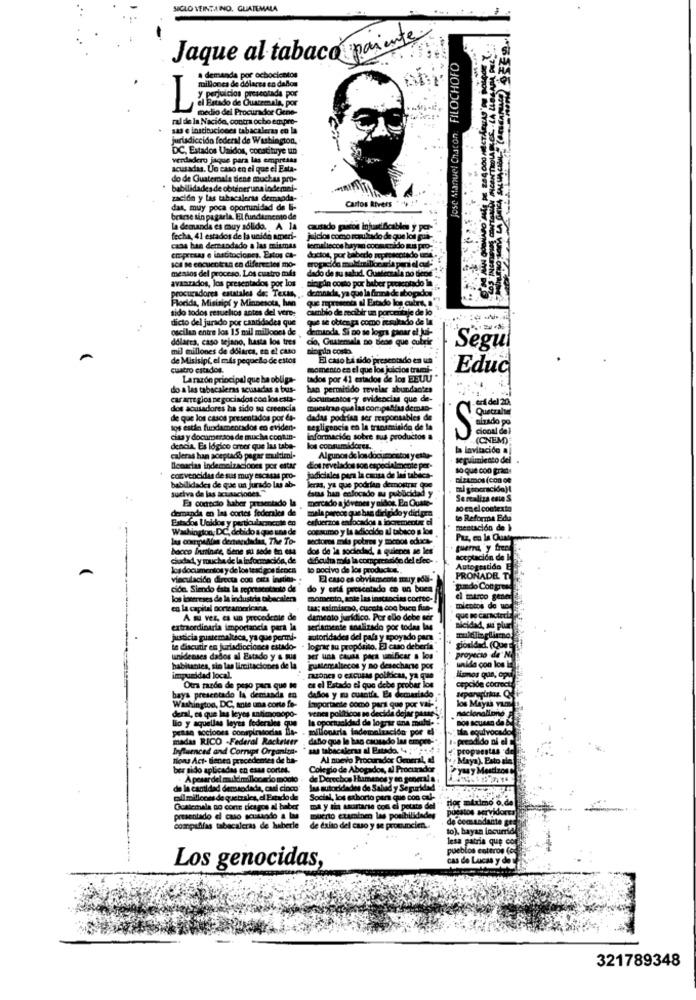
SICLO VEINTANNO, GUATEMALA
Jaque al tabaco parente
Jose Manuel Chaton: FILOCHOFO
demande por ochocientos
millones de dólares en dalom
Juicios pressotada por
1 Formado de Quemala por
medio del Procurador Cone-
ral de la Nacide, contra ocho empre-
sas e instituciones tabacaleras en la
Jurisdicción federal de Washington,
DC, Estados Unidos, constituye un
verdadero jaque para las empresas
2040
acusadas. Un caso en el que el Esta-
do de Guatemala dene muchas pro-
babilidades de obteneruna indemni-
zación y las tabacaleraa demanda-
Carlos Rivers
das, muy poca oportunidad de li-
brame sin pagarla. El fundamento de
La demanda es muy sólido. A la
causado pastos injustifcables y por-
fecha, 41 estados de la unión ameri-
jidos como resultado de que los gus-
czas han demandado a las mismas
temalleccs bayma coomuccido Ris pro-
crepresas e instituciones. Estos Ch-
ductos, por baberlo aprescotado uni-
sca se encuentran en diferecies mo-
mesios del proceso. Los cuatro mods
avanzados, los presentados por los
dado de su salud, Guatecsala no berie
singin costo por haber presentado la
procuradores estatales de: Teuka, . demnica, ya que la firma de abogados
Florida, Misisipí y Minnesota, han
sido todos resueltos antes del vere:
cambio de recibir un porcentaje de lo
dicto del jurado por cantidades que
que se ottea pa como resultado de la
oscilan entre los 15 mil millones de
demanda, Si no se logra ganar el Jui-
dolares, caso sejano, hasta los tres
co, Guatemala so Bese que cubrir
mil millones de dólares, en el caso
inpin costo
Segul
de Misisipí, el mis pequello de estos
El caso Lá sido presentado en un
cuatro estados.
momento en el que los juicios trami-
Educ
Larazón principal que ha obliga-
tados por 41 estados de los EEUU *
do a las tabacaleras scusadas a tus-
han permitido revelar abundantes
car are glos negociados con los esta-
documentos-y evidencias que de-
dos acusadores ha sido su creencia
muestran que las compactas demao-
end del 20
de que los casos presentados por 44-
dadas podrían ser responsables de
los estin fundamentados en evident-
negligencia en la transmisido de la
cical dal
cisa y documer sos de mucha cookin-
Información sobre sus productos a
(CNEM)
dencia, Es lógico orter que las tabe-
kos coonumidores.
la Invitación al
caleras han aceptado pagar multimi-
Algunos de los documentos y ettu-
seguimiento del .
Blemacias Indemnizaciones por estar
dos revelados son especialmente per-
convencidas de sus muy escasas pro-
judiciales para la causa de las tablica-
nizamos (con op
babilidades de que un jurado lus ab-
suciva de las acusaciones."
éstas han colocado au publicidad y
keras, ya que podrían demostrar que
Es correcto haber presentado la
mercado a jóvenes y nidos. En Cuate-
Serealiza esta S
demanda en las cortes federales de
mala parece que has dirigido y dicipra
so en el contexto
Estados Unidos y particularmente en
esfuerzos enfocados a locremente ci
te Reforma Edu
Washington, DC, debido a que una de
cocaumo y la adicción al tabaco a los
mentación de }
las corpsAlan dentariadas, The To-
sectores mila potres y menos educa-
bacco find's, Gene su sede en esa
dos de la sociedad, a quienes se les
guerra y fren
ciudad, y mucha de la información, de
dificulta mia la comprensión del efec-
los documentos y de los tesdigos Becca
lo pocivo de los productos ..
Viaculacido directa cou esta instier-
El caso es obviamente mary eos-
ción. Siendo data la represcotanto de
do y catá prescatado ca un buen
los intereses de la industria tabacalera
momento, sote las instancias corteo-
en la capital porteamericana,
tus; asimismao, cuccia con buen fun-
A m vez, es un precedente de
damcato jurídico. Por ello debe ser
extraordinaria importancia para la
seriamente analizado por todas las
justicia guatemalteca, ya que permi-
autoridades del país y apoyado para
Le discutir en jurisdicciones estado-
unidenses dados al Estado y & mus
ser una causa para unificar a los
habitantes, sin las limitaciones de la
pustemaltecos y no desecharse pos
impunidad local.
razones o excusas poificas, ya que
Otra razde de peso para que te
es el Estado el que debe probar los
baya presentado la demanda en
dados y mu cuantía Es demasiado
Washington, DC, ante una corte fo-
Importante como para que por ville
venca políticos se decida dejar pasar
lio y aquellas leyes federales que
deral, es que las leyes antimonopo-
la oportunidad de lograr una muldl-
pense acciones conspiratocias De- .
millonaria indemnización por el
madas RICO -Federal Racketeer
daflo que le han causado las empres"
Influenced and Corrupt Organiza-
As tabacaleraa al Patada. 4 :44
tovu Act- Bienen precedentes de ha-
Al nuevo Procurador General, al
ber sido aplicadas en esas cortes.
Colegio de Abogados, al Procurador
. A pesardel
. A pesar del muldimmllorado modto
de Derechos Humanos y en general a
de la cantidad demsodada, cari cinco"
de la cant
las autoridades de Salud y Seguridad
mil millones de quetzales,el Estado de
Social, los exhorto para que con cul-
Guatemala no corte cicagos al baber
ma y tina smartarse con ci potata del
presentado di caso scusando a las
muerto examinen las posibilidades
compufifas tabacaleras de haberle
de éxito del caso y se pronuncien ..
Los genocidas,
321789348